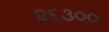
૨૬૩૦૦